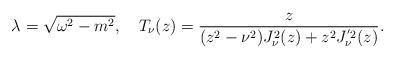
LaTeX: \begin{align*}\lambda =\sqrt{\omega ^{2}-m^{2}},\quad T_{\nu}(z)=\frac{z}{(z^{2}-\nu ^{2})J_{\nu }^{2}(z)+z^{2}J_{\nu}^{'2}(z)}. \end{align*}